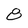
Character: 8